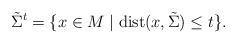
\begin{align*}{\tilde \Sigma}^t=\{x\in M\mid {\rm dist} (x, \tilde \Sigma) \leq t \}.\end{align*}